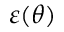
\varepsilon ( \theta )